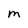
Character: m